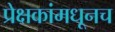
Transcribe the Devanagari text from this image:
प्रेक्षकांमधूनच